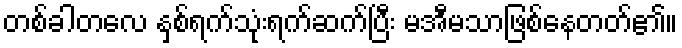
တစ်ခါတလေ နှစ်ရက်သုံးရက်ဆက်ပြီး မအီမသာဖြစ်နေတတ်၏။